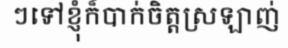
ៗទៅខ្ញុំក៏បាក់ចិត្តស្រឡាញ់